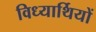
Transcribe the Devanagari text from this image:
विध्यार्थियों